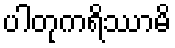
ပါတုကရိဿာမိ